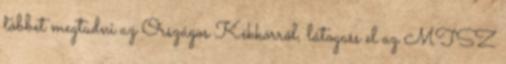
többet megtudni az Országos Kékkörről, látogass el az MTSZ